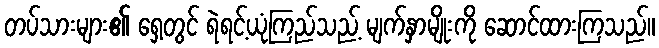
တပ်သားများ၏ ရှေ့တွင် ရဲရင့်ယုံကြည်သည့် မျက်နှာမျိုးကို ဆောင်ထားကြသည်။